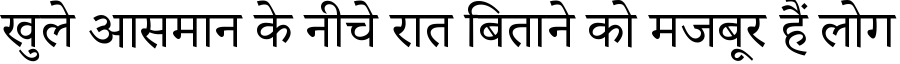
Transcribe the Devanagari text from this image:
खुले आसमान के नीचे रात बिताने को मजबूर हैं लोग